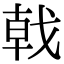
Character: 戟